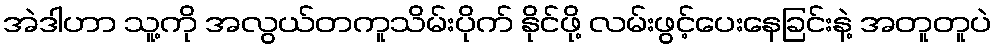
အဲဒါဟာ သူ့ကို အလွယ်တကူသိမ်းပိုက် နိုင်ဖို့ လမ်းဖွင့်ပေးနေခြင်းနဲ့ အတူတူပဲ